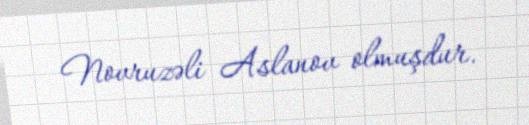
Novruzəli Aslanov olmuşdur.